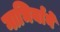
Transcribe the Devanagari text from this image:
गाभिर्याने